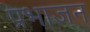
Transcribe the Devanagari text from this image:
प्रभाजन